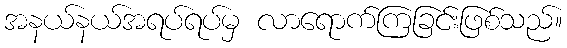
အနယ်နယ်အရပ်ရပ်မှ လာရောက်ကြခြင်းဖြစ်သည်။